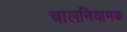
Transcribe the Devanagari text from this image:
चालनियामक